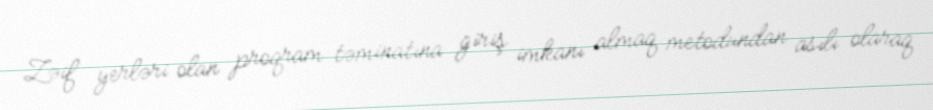
Zəif yerləri olan proqram təminatına giriş imkanı almaq metodundan asılı olaraq